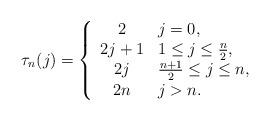
LaTeX: \begin{align*} \tau_n(j) = \left\lbrace \begin{array}{cl} 2 & j=0, \\ 2j+1 & 1\le j \le \frac{n}{2}, \\ 2j & \frac{n+1}{2} \le j \le n, \\ 2n & j>n. \end{array} \right.\end{align*}